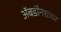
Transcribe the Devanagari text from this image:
अॅबर्डीनशायर